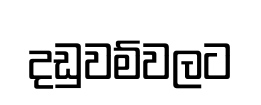
දඩුවම්වලට